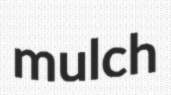
mulch